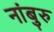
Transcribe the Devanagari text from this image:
नांबुरु